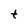
Character: t